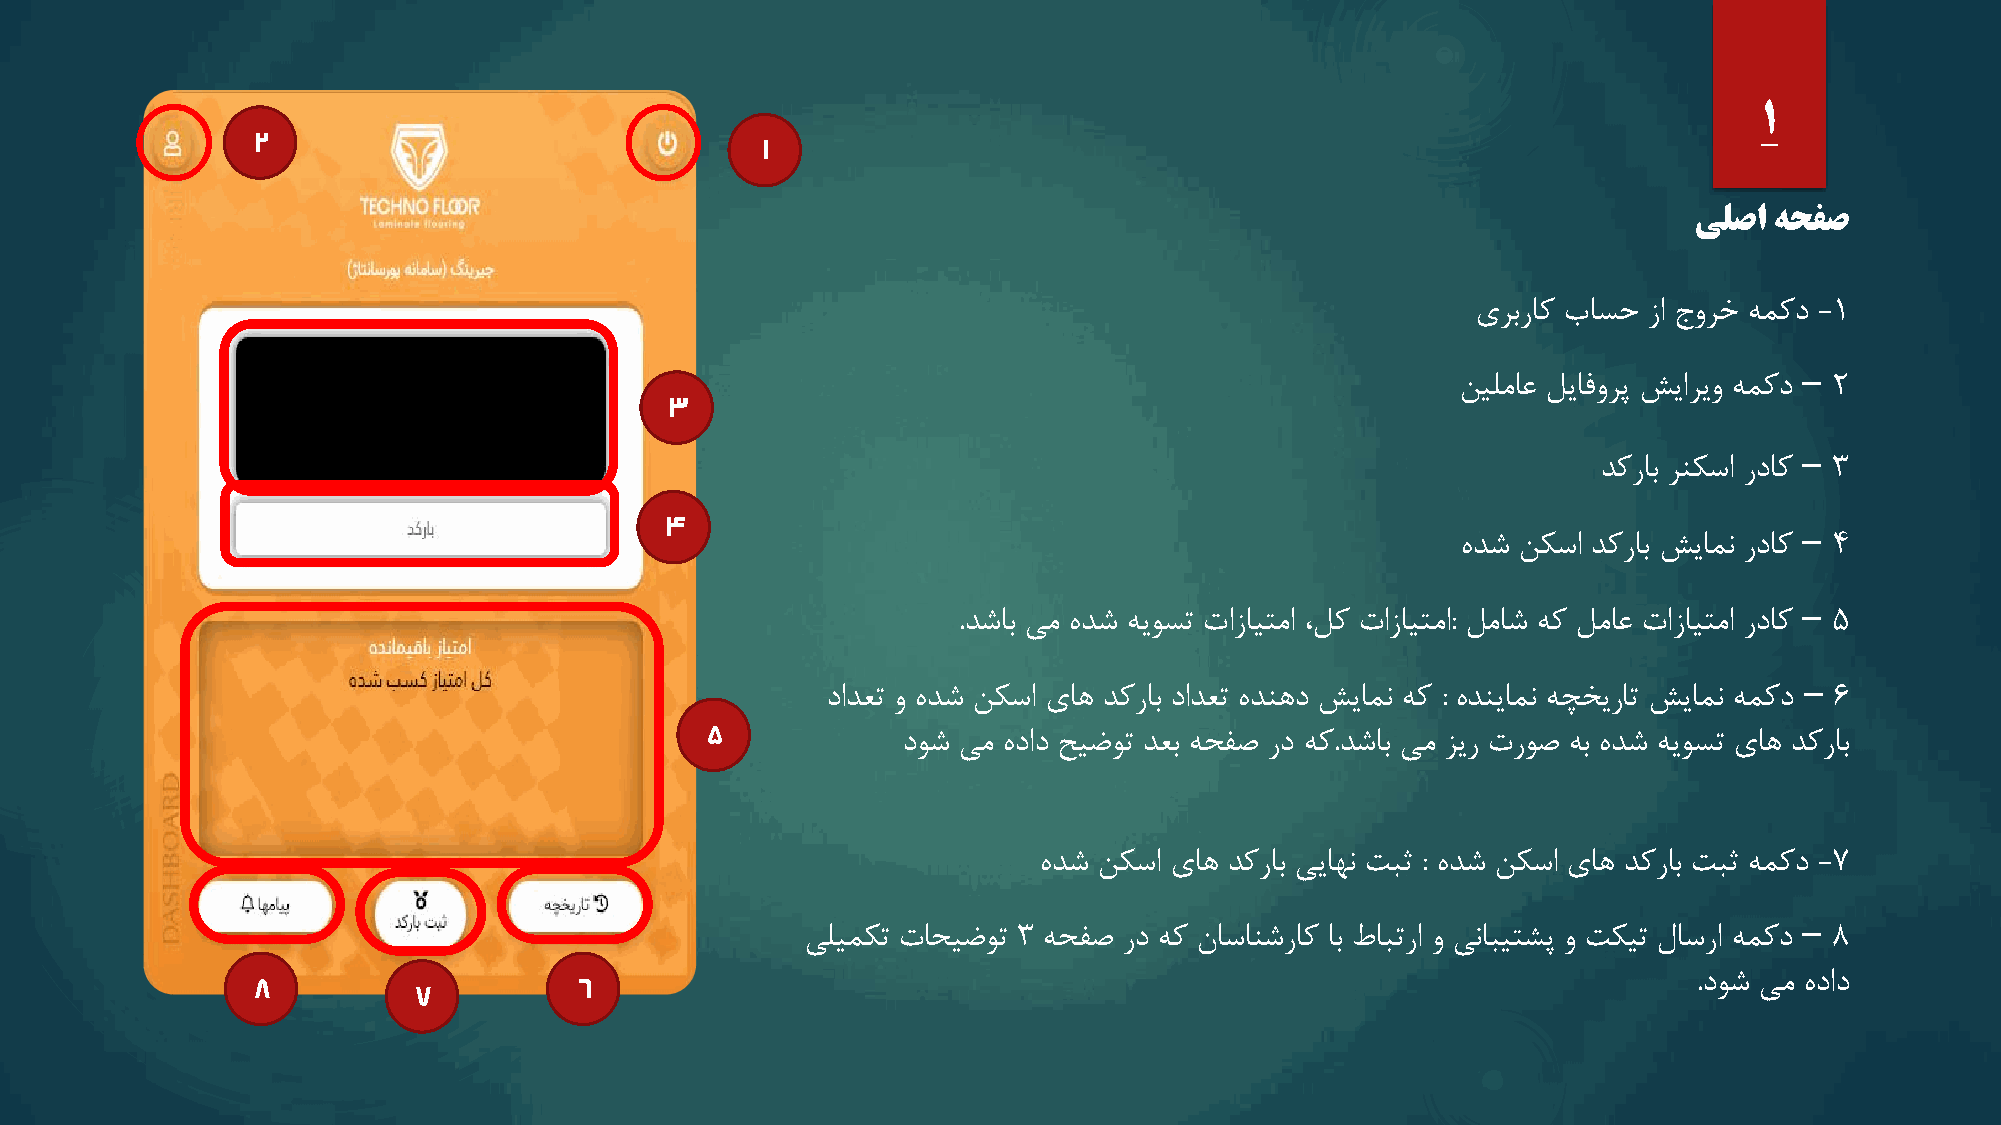
1
 2
 1
 یلصا هحفص
 یربراک باسح زا جورخ همکد -1
 –
 نیلماع لیافورپ شیاریو همکد 2
 3
 –
 دکراب رنکسا رداک 3
 4
 –
 هدش نکسا دکراب شیامن رداک 4
 –
 .دشاب یم هدش هیوست تازایتما ،لک تازایتما: لماش هک لماع تازایتما رداک 5
 –
 دادعت و هدش نکسا یاه دکراب دادعت هدنهد شیامن هک : هدنیامن هچخیرات شیامن همکد 6
 5
 دوش یم هداد حیضوت دعب هحفص رد هک.دشاب یم زیر تروص هب هدش هیوست یاه دکراب
 هدش نکسا یاه دکراب ییاهن تبث : هدش نکسا یاه دکراب تبث همکد -7
 –
 یلیمکت تاحیضوت 3 هحفص رد هک ناسانشراک اب طابترا و ینابیتشپ و تکیت لاسرا همکد 8
 8                    6                                                                         .دوش یم هداد
 7